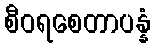
စီဝရစေတာပန္နံ